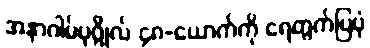
အနာဂါမ်ပုဂ္ဂိုလ် ၄၈-ယောက်ကို ရေတွက်ပြပုံ